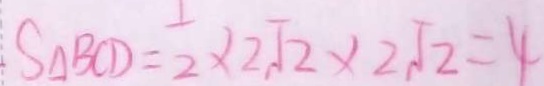
S _ { \Delta } B C D = 2 \times 2 \sqrt { 2 } \times 2 \sqrt { 2 } = 4